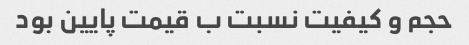
حجم و کیفیت نسبت ب قیمت پایین بود